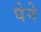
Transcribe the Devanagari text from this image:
घेने